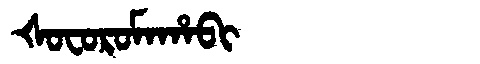
Manchu: ᡧᠣᠸᠣᡵᠣᠮᠠᡥᠠᠪᡳ
Romanization: ŠOFOROMAHABI